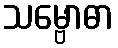
သမ္ဗောဓာ